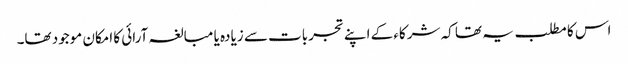
اس کا مطلب یہ تھا کہ شرکاء کے اپنے تجربات سے زیادہ یا مبالغہ آرائی کا امکان موجود تھا۔